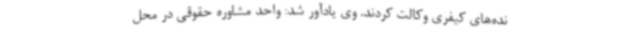
نده‌های کیفری وکالت کردند. وی یادآور شد: واحد مشاوره حقوقی در محل